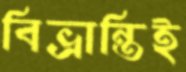
বিভ্রান্তিই